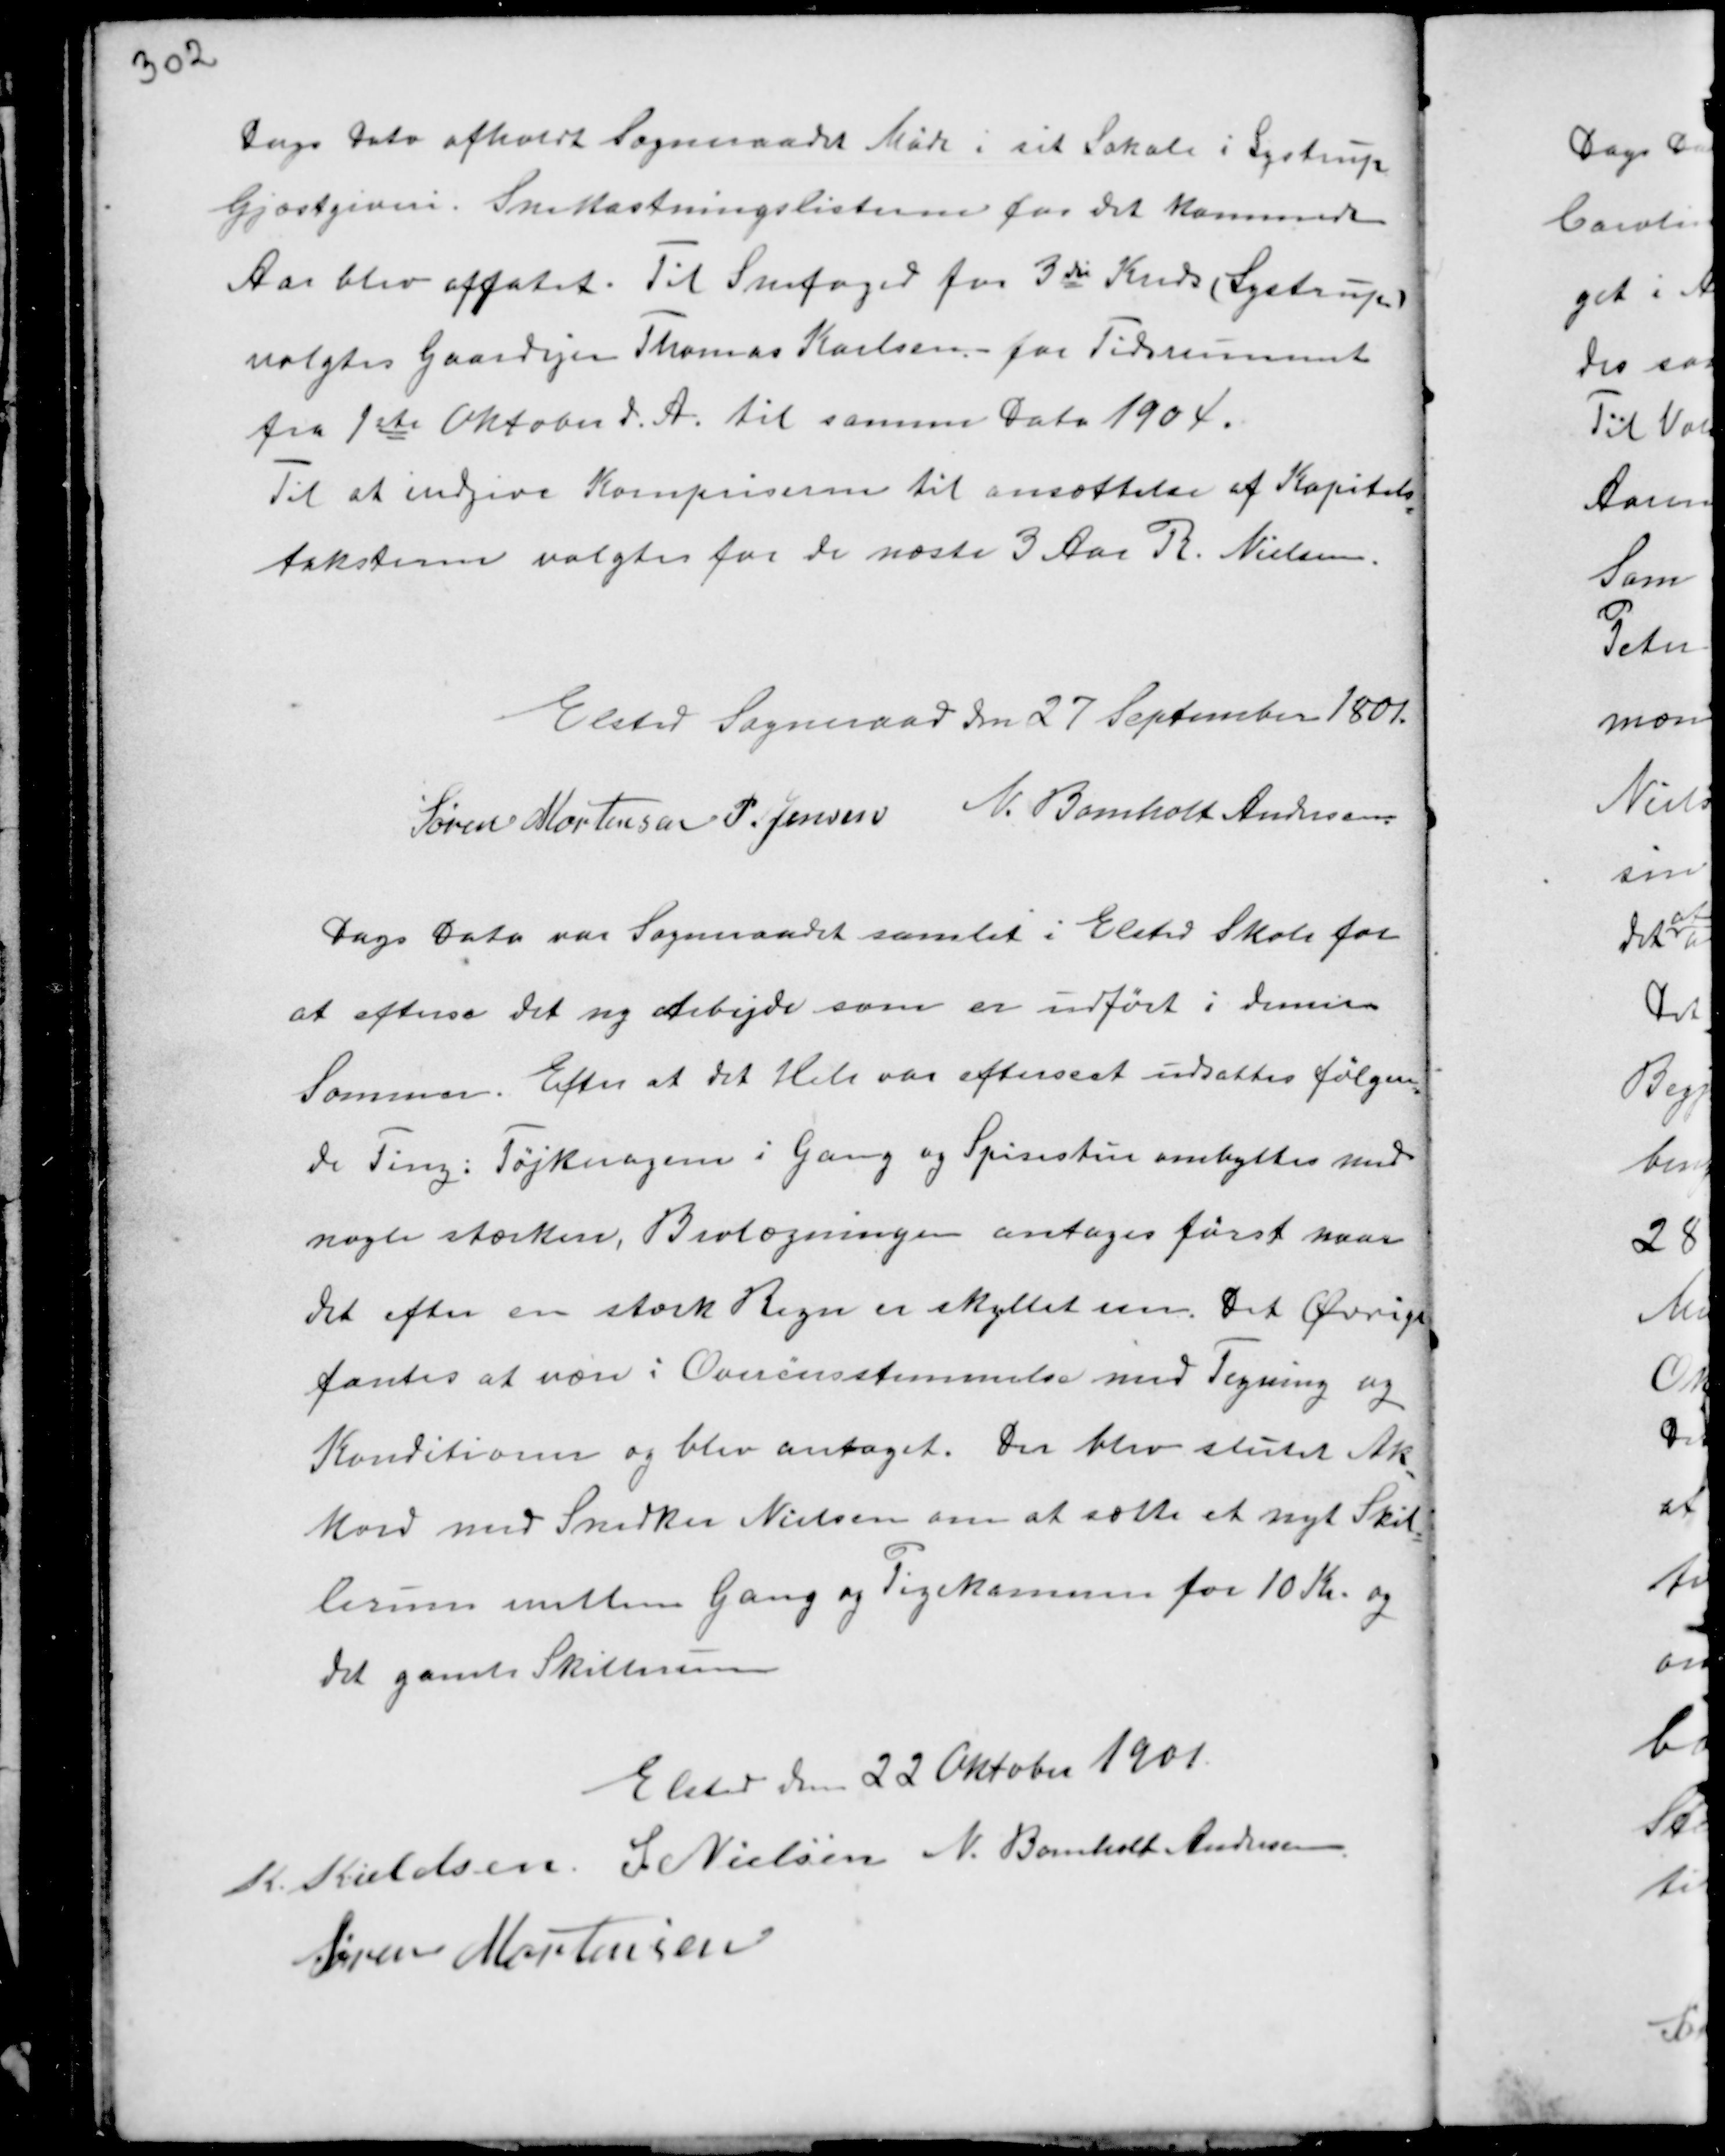
Transskription:
Dags Dato afholdt Sogneraadet Møde i sit Lokale i Lystrup
Gjæstgiveri. Snekastningslisterne for det kommende
Aar blev affatet. Til Snefoged for 3die Kreds (Lystrup)
valgtes Gaardejer Thomas Karlsen for Tidsrummet
fra 1ste Oktober d.A. til samme Dato 1904.
Til at indgive Kornpriserne til ansættelse af Kapitals-
taksterne valgtes for de næste 3 Aar R. Nielsen.

Elsted Sogneraad den 27 September 1801.
Søren Mortensen P. Jensen N. Bomholt Andersen.

Dags Dato var Sogneraadet samlet i Elsted Skole for
at efterse det ny Arbejde som er udført i denne
Sommer. Efter at det Hele var efterset udsattes følgen-
de Ting: Tøjknagerne i Gang og Spisestue ombyttes med
nogle stærkere, Brolægningen antages først naar
det efter en stærk Regn er skyllet ren. Det Øvrige
fantes at være i Overensstemmelse med Tegning og
Konditioner og blev antaget. Der blev slutet Ak-
kord med Snedker Nielsen om at sætte et nyt Skil-
lerum mellem Gang og Pigekammer for 10 Kr. og
det gamle Skillerum

Elsted den 22 Oktober 1901.
K. Kieldsen S. Nielsen N. Bomholt Andersen
Søren Mortensen